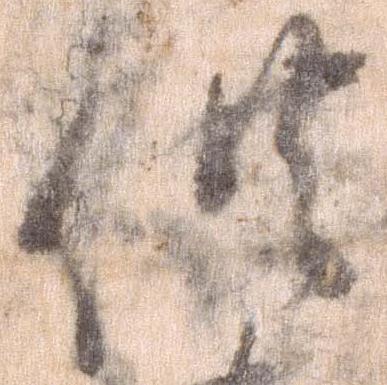
供